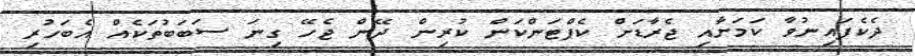
ދެކެފައިނުވާ ކަމަށާއި ޖެރާޑަށް ކެޕްޓަންކަން ކުރިން ދޭން ޖެހޭ ގިނަ ސަބަބުތަކެއް އެބަހުރި